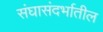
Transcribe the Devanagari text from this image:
संघासंदर्भातील